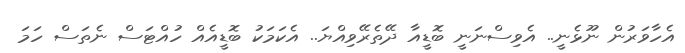
އެހާވަރުން ނޫޅެނީ.. އެވިސްނަނީ ބޮޑީއާ ދޭތެރޭވިއްޔަ.. އެކަމަކު ބޮޑީއެއް ހުއްޓަސް ނެތަސް ހަމަ